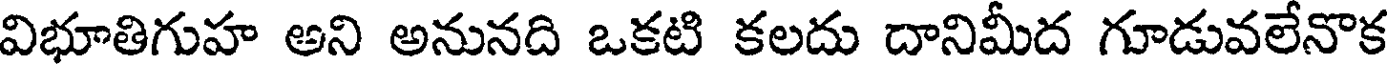
విభూతిగుహ అని అనునది ఒకటి కలదు దానిమీద గూడువలేనొక